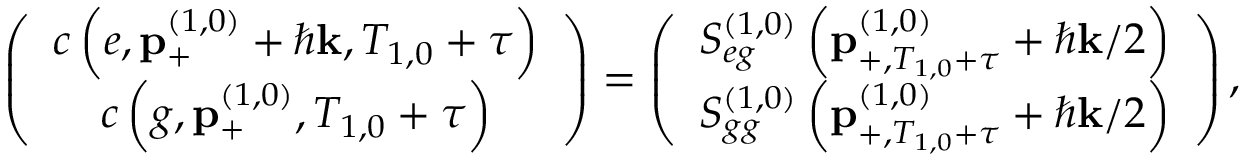
\left( \begin{array} { c } { c \left( e , \mathbf { p } _ { + } ^ { \left( 1 , 0 \right) } + \hbar \mathbf { k } , T _ { 1 , 0 } + \tau \right) } \\ { c \left( g , \mathbf { p } _ { + } ^ { \left( 1 , 0 \right) } , T _ { 1 , 0 } + \tau \right) } \end{array} \right) = \left( \begin{array} { c } { S _ { e g } ^ { \left( 1 , 0 \right) } \left( \mathbf { p } _ { + , T _ { 1 , 0 } + \tau } ^ { \left( 1 , 0 \right) } + \hbar \mathbf { k } / 2 \right) } \\ { S _ { g g } ^ { \left( 1 , 0 \right) } \left( \mathbf { p } _ { + , T _ { 1 , 0 } + \tau } ^ { \left( 1 , 0 \right) } + \hbar \mathbf { k } / 2 \right) } \end{array} \right) ,